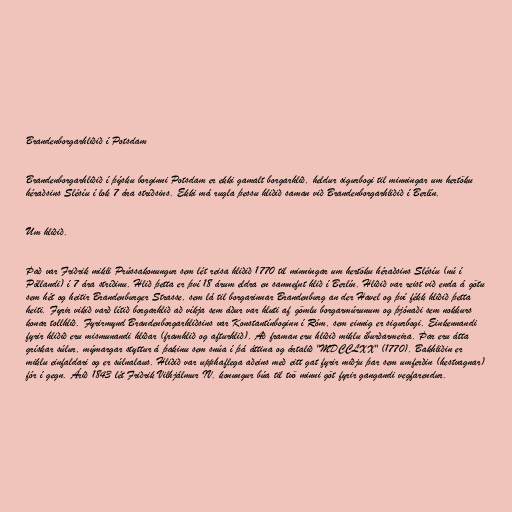
Brandenborgarhliðið í Potsdam

Brandenborgarhliðið í þýsku borginni Potsdam er ekki gamalt borgarhlið, heldur sigurbogi til minningar um hertöku
héraðsins Slésíu í lok 7 ára stríðsins. Ekki má rugla þessu hliðið saman við Brandenborgarhliðið í Berlín.

Um hliðið.

Það var Friðrik mikli Prússakonungur sem lét reisa hliðið 1770 til minningar um hertöku héraðsins Slésíu (nú í
Póllandi) í 7 ára stríðinu. Hlið þetta er því 18 árum eldra en samnefnt hlið í Berlín. Hliðið var reist við enda á götu
sem hét og heitir Brandenburger Strasse, sem lá til borgarinnar Brandenburg an der Havel og því fékk hliðið þetta
heiti. Fyrir vikið varð lítið borgarhlið að víkja sem áður var hluti af gömlu borgarmúrunum og þjónaði sem nokkurs
konar tollhlið. Fyrirmynd Brandenborgarhliðsins var Konstantínboginn í Róm, sem einnig er sigurbogi. Einkennandi
fyrir hliðið eru mismunandi hliðar (framhlið og afturhlið). Að framan eru hliðið miklu íburðarmeira. Þar eru átta
grískar súlur, mýmargar styttur á þakinu sem snúa í þá áttina og ártalið "MDCCLXX" (1770). Bakhliðin er
miklu einfaldari og er súlnalaus. Hliðið var upphaflega aðeins með eitt gat fyrir miðju þar sem umferðin (hestvagnar)
fór í gegn. Árið 1843 lét Friðrik Vilhjálmur IV. konungur búa til tvö minni göt fyrir gangandi vegfarendur.